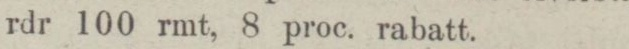
rdr 100 rmt, 8 proc. rabatt.